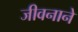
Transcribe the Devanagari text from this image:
जीवनाने